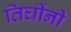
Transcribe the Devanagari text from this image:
तिघींनी